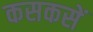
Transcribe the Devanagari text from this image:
कसकसें